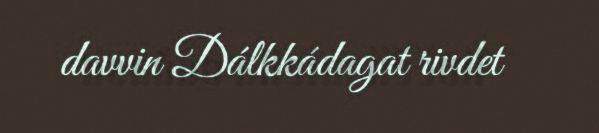
davvin Dálkkádagat rivdet